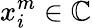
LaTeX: x_{i}^{m}\in\mathbb{C}